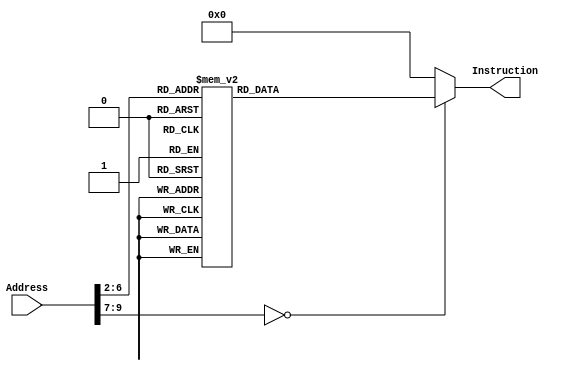

module InstructionMemory(Address, Instruction);
	input [31:0] Address;
	output reg [31:0] Instruction;
	
	always @(*)
		case (Address[9:2])
			// addi $a0, $zero, 5 #(0x0005)
            8'd0:   Instruction <= {6'h08, 5'd0 , 5'd4 , 16'h5};
            // xor $v0, $zero, $zero
            8'd1:   Instruction <= {6'h00, 5'd0 , 5'd0 , 5'd2 , 5'd0 , 6'h26};
            // jal sum
            8'd2:   Instruction <= {6'h03, 26'd4};
            // Loop
            // beq $zero, $zero, -1(0xffff);
            8'd3:   Instruction <= {6'h04, 5'd0 , 5'd0 , 16'hffff};
            // sum
            // addi $sp, $sp, -8 #(0xfff8)
            8'd4:   Instruction <= {6'h08, 5'd29 , 5'd29 , 16'hfff8};
            // sw $ra, 4($sp) 
            8'd5:   Instruction <= {6'h2b, 5'd29 , 5'd31 , 16'h0004};
            // sw $a0, 0($sp) 
            8'd6:   Instruction <= {6'h2b, 5'd29 , 5'd04 , 16'h0000};
            // slti $t0, $a0, 1
            8'd7:   Instruction <= {6'h0a, 5'd4 , 5'd8 , 16'h0001};
            // beq $t0, $zero, 2(0x0002);
            8'd8:   Instruction <= {6'h04, 5'd8 , 5'd0 , 16'h0002};
            // addi $sp, $sp, 8 #(0x0008)
            8'd9:   Instruction <= {6'h08, 5'd29 , 5'd29 , 16'h0008};
            // jr $ra
            8'd10:   Instruction <= {6'h00, 5'd31 , 15'd0,6'h08};
            // L1
            // add $v0, $a0, $v0
            8'd11:   Instruction <= {6'h00, 5'd4 , 5'd2 , 5'd2 , 5'd0 , 6'h20};
            // addi $a0, $a0, -1 #(0xffff)
            8'd12:   Instruction <= {6'h08, 5'd4 , 5'd4 , 16'hffff};
            // jal sum
            8'd13:   Instruction <= {6'h03, 26'd4};    
            // lw $a0, 0($sp) 
            8'd14:   Instruction <= {6'h23, 5'd29 , 5'd04 , 16'h0000};   
            // lw $ra, 4($sp) 
            8'd15:   Instruction <= {6'h23, 5'd29 , 5'd31 , 16'h0004};
            // addi $sp, $sp, 8 #(0x0008)
            8'd16:   Instruction <= {6'h08, 5'd29 , 5'd29 , 16'h0008};
            // add $v0, $a0, $v0
            8'd17:   Instruction <= {6'h00, 5'd4 , 5'd2 , 5'd2 , 5'd0 , 6'h20};
            // jr $ra
            8'd18:   Instruction <= {6'h00, 5'd31 , 15'd0,6'h08};


			
			default: Instruction <= 32'h00000000;
		endcase
		
endmodule